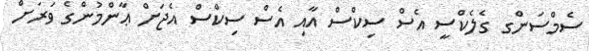
ސެމްސަންގ ގެލެކްސީ އެސް ސިކްސް އާއި އެސް ސިކްސް އެޖަށް ޢާންމުންގެ ވަރަށް